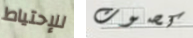
للإحتياط كصوت